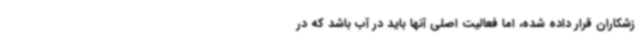
زشکاران قرار داده شده، اما فعالیت اصلی آنها باید در آب باشد که در